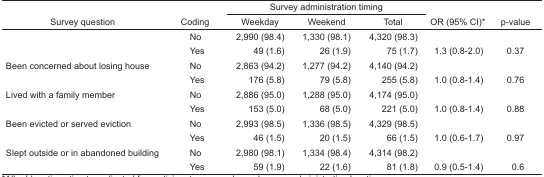
<table><thead><tr><td rowspan="3"><b>Survey question</b></td><td rowspan="3"><b>Coding</b></td><td colspan="3"><b>Survey administration timing</b></td><td rowspan="3"><b>OR (95% CI)*</b></td><td rowspan="3"><b>p-value</b></td></tr><tr><td><b>Weekday</b></td><td><b>Weekend</b></td><td><b>Total</b></td></tr></thead><tbody><tr><td></td><td>No</td><td>2,990 (98.4)</td><td>1,330 (98.1)</td><td>4,320 (98.3)</td><td></td><td></td></tr><tr><td></td><td>Yes</td><td>49 (1.6)</td><td>26 (1.9)</td><td>75 (1.7)</td><td>1.3 (0.8–2.0)</td><td>0.37</td></tr><tr><td>Been concerned about losing house</td><td>No</td><td>2,863 (94.2)</td><td>1,277 (94.2)</td><td>4,140 (94.2)</td><td></td><td></td></tr><tr><td></td><td>Yes</td><td>176 (5.8)</td><td>79 (5.8)</td><td>255 (5.8)</td><td>1.0 (0.8–1.4)</td><td>0.76</td></tr><tr><td>Lived with a family member</td><td>No</td><td>2,886 (95.0)</td><td>1,288 (95.0)</td><td>4,174 (95.0)</td><td></td><td></td></tr><tr><td></td><td>Yes</td><td>153 (5.0)</td><td>68 (5.0)</td><td>221 (5.0)</td><td>1.0 (0.8–1.4)</td><td>0.88</td></tr><tr><td>Been evicted or served eviction</td><td>No</td><td>2,993 (98.5)</td><td>1,336 (98.5)</td><td>4,329 (98.5)</td><td></td><td></td></tr><tr><td></td><td>Yes</td><td>46 (1.5)</td><td>20 (1.5)</td><td>66 (1.5)</td><td>1.0 (0.6–1.7)</td><td>0.97</td></tr><tr><td>Slept outside or in abandoned building</td><td>No</td><td>2,980 (98.1)</td><td>1,334 (98.4)</td><td>4,314 (98.2)</td><td></td><td></td></tr><tr><td></td><td>Yes</td><td>59 (1.9)</td><td>22 (1.6)</td><td>81 (1.8)</td><td>0.9 (0.5–1.4)</td><td>0.6</td></tr></tbody></table>